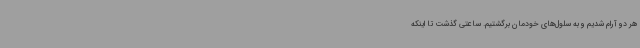
هر دو آرام شدیم و به سلول‌های خودمان برگشتیم. ساعتی گذشت تا اینکه